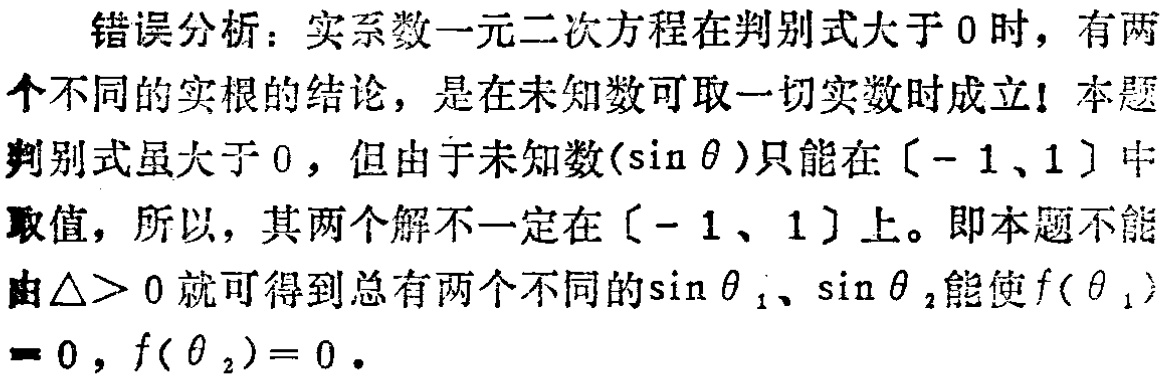
错误分析：实系数一元二次方程在判别式大于 0 时，有两个不同的实根的结论，是在未知数可取一切实数时成立！本题判别式虽大于 0，但由于未知数\((\sin\theta)\)只能在\([ - 1,1]\)中取值，所以，其两个解不一定在\([ - 1,1]\)上。即本题不能由\(\triangle> 0\)就可得到总有两个不同的\(\sin\theta_{1}\)、\(\sin\theta_{2}\)能使\(f(\theta_{1}) = 0\)，\(f(\theta_{2}) = 0\)。